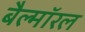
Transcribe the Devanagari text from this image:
बैल्मॉरल